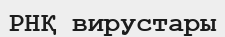
РНҚ вирустары